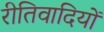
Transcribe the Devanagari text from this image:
रीतिवादियों